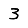
Digit: 3